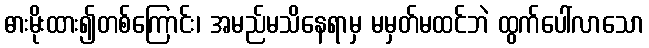
ဓားမိုးထား၍တစ်ကြောင်း၊ အမည်မသိနေရာမှ မမှတ်မထင်ဘဲ ထွက်ပေါ်လာသော